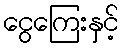
ငွေကြေးနှင့်